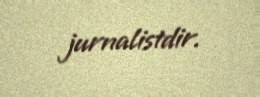
jurnalistdir.